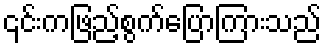
၎င်းကဖြည့်စွက်ပြောကြားသည်